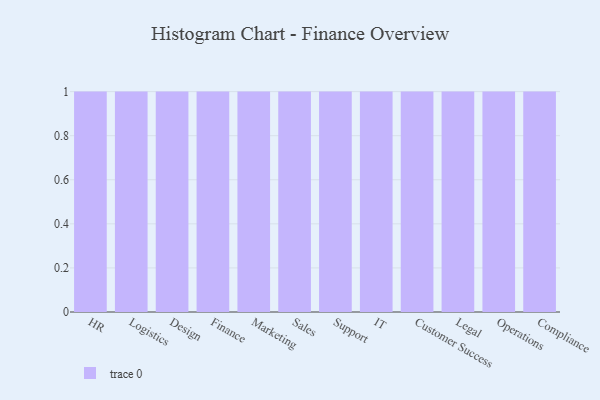
{"axis": {"x": "Department", "y": "Active Users"}, "legend": [""], "data": [{"x": "HR", "y": 81, "type": ""}, {"x": "Logistics", "y": 73, "type": ""}, {"x": "Design", "y": 82, "type": ""}, {"x": "Finance", "y": 71, "type": ""}, {"x": "Marketing", "y": 60, "type": ""}, {"x": "Sales", "y": 22, "type": ""}, {"x": "Support", "y": 97, "type": ""}, {"x": "IT", "y": 27, "type": ""}, {"x": "Customer Success", "y": 73, "type": ""}, {"x": "Legal", "y": 30, "type": ""}, {"x": "Operations", "y": 28, "type": ""}, {"x": "Compliance", "y": 17, "type": ""}]}